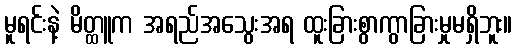
မူရင်းနဲ့ မိတ္ထူက အရည်အသွေးအရ ထူးခြားစွာကွာခြားမှုမရှိဘူး။